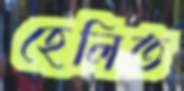
হেলিত